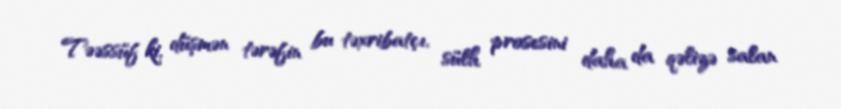
Təəssüf ki, düşmən tərəfin bu təxribatçı, sülh prosesini daha da qəlizə salan